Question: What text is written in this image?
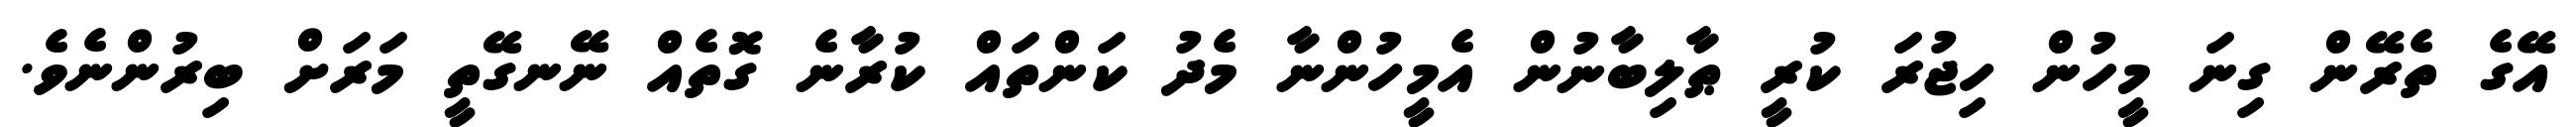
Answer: އޭގެ ތެރޭން ގިނަ މީހުން ހިޖުރަ ކުރީ ޠާލިބާނުން އެމީހުންނާ މެދު ކަންތައް ކުރާނެ ގޮތެއް ނޭނގޭތީ މަރަށް ބިރުންނެވެ.